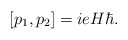
\begin{align*}[p_1, p_2] = i e H \hbar. \end{align*}